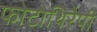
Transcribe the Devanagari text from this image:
फोटोथिरैपी